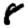
Digit: 8